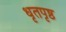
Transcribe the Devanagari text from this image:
धृतपृष्ठ